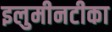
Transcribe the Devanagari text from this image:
इलुमीनटीका